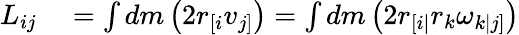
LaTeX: \begin{array}{rl}{L_{ij}}&{{}=\int dm\left(2r_{[i}v_{j]}\right)=\int dm\left(2r_{[i|}r_{k}\omega_{k|j]}\right)}\end{array}